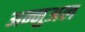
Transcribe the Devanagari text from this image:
अन्नुअल